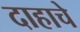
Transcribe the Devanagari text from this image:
दाहाचे